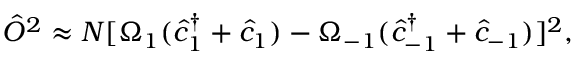
\hat { O } ^ { 2 } \approx N [ \Omega _ { 1 } ( \hat { c } _ { 1 } ^ { \dagger } + \hat { c } _ { 1 } ) - \Omega _ { - 1 } ( \hat { c } _ { - 1 } ^ { \dagger } + \hat { c } _ { - 1 } ) ] ^ { 2 } ,